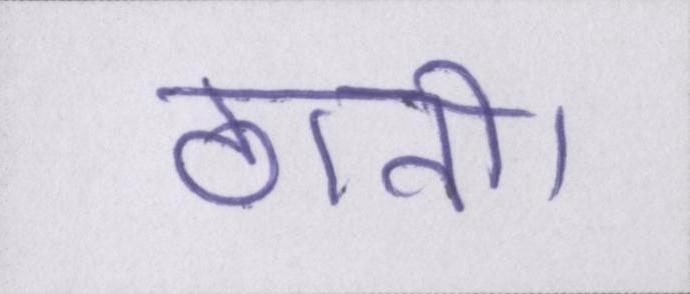
ठानी।